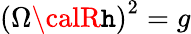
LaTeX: \left(\Omega{\calR}\mathtt{h}\right)^{2}=g